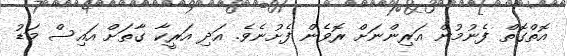
އޮތްގޮތް ފެނުމުން އަރިންނަށް ރޮވެން ފެށުނެވެ. އަދި އަރީކާ ގާތަށް އައިސް މަޑު